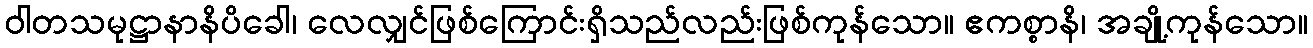
ဝါတသမုဋ္ဌာနာနိပိခေါ၊ လေလျှင်ဖြစ်ကြောင်းရှိသည်လည်းဖြစ်ကုန်သော။ ဧကစ္စာနိ၊ အချို့ကုန်သော။